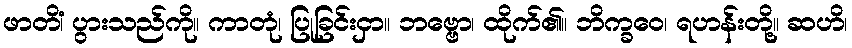
ဖာတိံ၊ ပွားသည်ကို။ ကာတုံ၊ ပြုခြင်းငှာ။ ဘဗ္ဗော၊ ထိုက်၏။ ဘိက္ခဝေ၊ ရဟန်းတို့။ ဆဟိ၊